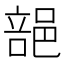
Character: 郶